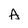
Character: A